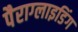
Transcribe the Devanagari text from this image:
पैराग्‍लाइडिंग